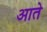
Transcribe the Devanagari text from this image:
आते